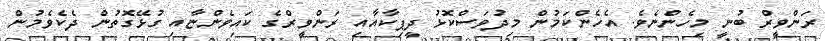
ރަންވީރް ބުނީ މިހެންނެވެ. އެހެންކަމުން މިދުވަސްކޮޅު ދީޕިކާއާއި ރަންވީރްގެ ކައިވެންޏާއި ގުޅޭގޮތުން ދެކެވެމުން